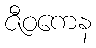
ဇီဝကေန